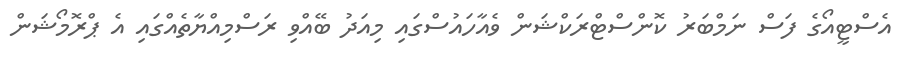
އެސްޓީއޯގެ ފަސް ނަމްބަރު ކޮންސްޓްރަކްޝަން ވެއާހައުސްގައި މިއަދު ބޭއްވި ރަސްމިއްޔާތެއްގައި އެ ޕްރޮމޯޝަން